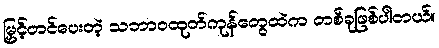
မြှင့်တင်ပေးတဲ့ သဘာဝထုတ်ကုန်တွေထဲက တစ်ခုဖြစ်ပါတယ်။